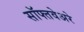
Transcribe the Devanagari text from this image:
सॉफ्तवेअरे